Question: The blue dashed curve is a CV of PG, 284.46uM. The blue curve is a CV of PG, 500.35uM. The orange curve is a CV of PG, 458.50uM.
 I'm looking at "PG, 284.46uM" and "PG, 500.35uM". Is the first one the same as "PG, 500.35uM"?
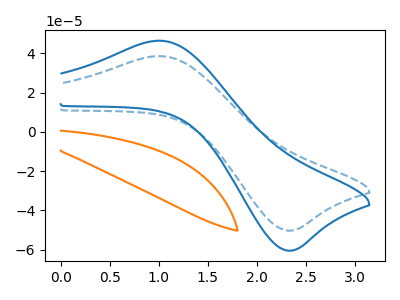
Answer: <think>The blue dashed curve "PG, 284.46uM" has an anodic peak at (1.05V, 38.65uA) and a cathodic peak at (2.30V, -50.30uA). The blue curve "PG, 500.35uM" has an anodic peak at (1.05V, 46.50uA) and a cathodic peak at (2.30V, -60.55uA). The orange curve "PG, 458.50uM" has no peaks.
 All the peaks in "PG, 284.46uM" have a peak in "PG, 500.35uM" at the same potential. Every peak in "PG, 284.46uM" is lower than every peak in "PG, 500.35uM".</think>
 <answer>"PG, 284.46uM" and "PG, 500.35uM" are similar in shape.</answer>
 <eval>same_shape</eval>